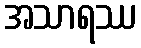
အသာရဿ